Vaccination in Bombay 1924-1928 - 1924-1928
Year: 1924
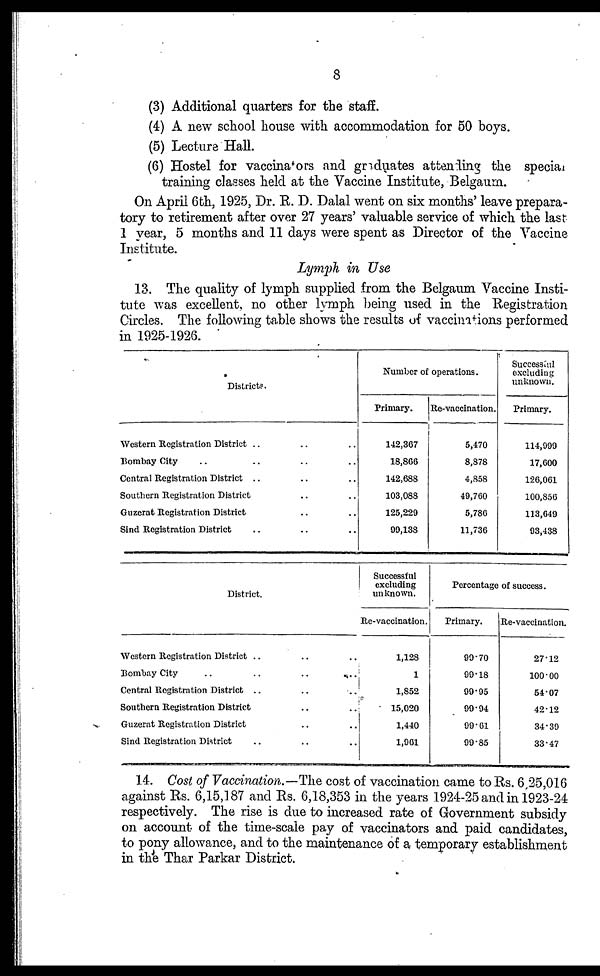
8
(3) Additional quarters for the staff.
(4) A new school house with accommodation for 50 boys.
(5) Lecture Hall.
(6) Hostel for vaccinators and graduates attending the special
training classes held at the Vaccine Institute, Belgaum.
On April 6th, 1925, Dr. R. D. Dalal went on six months' leave prepara-
tory to retirement after over 27 years' valuable service of which the last
1 year, 5 months and 11 days were spent as Director of the Vaccine
Institute.
Lymph in Use
13. The quality of lymph supplied from the Belgaum Vaccine Insti-
tute was excellent, no other lymph being used in the Registration
Circles. The following table shows the results of vaccinations performed
in 1925-1926.
Districts.
Western Registration District .. .. ..
Bombay City .. .. .. .. ..
Central Registration District .. .. ..
Southern Registration District .. ..
Guzerat Registration District .. ..
Sind Registration District .. .. ..
Number of operations.
Primary.
142,367
18,866
142,688
103,088
125,229
90,138
Re-vaccination.
5,470
8,878
4,858
49,760
5,786
11,736
Successful
excluding
unknown.
Primary.
114,999
17,600
126,061
100,856
113,649
93,438
District.
Western Registration District .. .. ..
Bombay City .. .. .. .. ..
Central Registration District .. .. ..
Southern Registration District .. ..
Guzerat Registration District .. ..
Sind Registration District .. .. ..
Successful
excluding
unknown.
Re-vaccination.
1,128
1
1,852
15,020
1,440
1,961
Percentage of success.
Primary.
99.70
99.18
99.95
99.94
99.61
99.85
Re-vaccination.
27.12
100.00
54.07
42.12
34.39
33.47
14. Cost of Vaccination.—The cost of vaccination came to Rs. 6,25,016
against Rs. 6,15,187 and Rs. 6,18,353 in the years 1924-25 and in 1923-24
respectively. The rise is due to increased rate of Government subsidy
on account of the time-scale pay of vaccinators and paid candidates,
to pony allowance, and to the maintenance of a temporary establishment
in the Thar Parkar District.